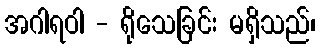
အဂါရဝါ - ရိုသေခြင်း မရှိသည်၊